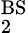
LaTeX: _{2}^{\mathrm{BS}}